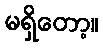
မရှိတော့။